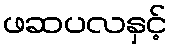
ဖဆပလနှင့်